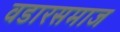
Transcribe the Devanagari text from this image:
वडारसमाज